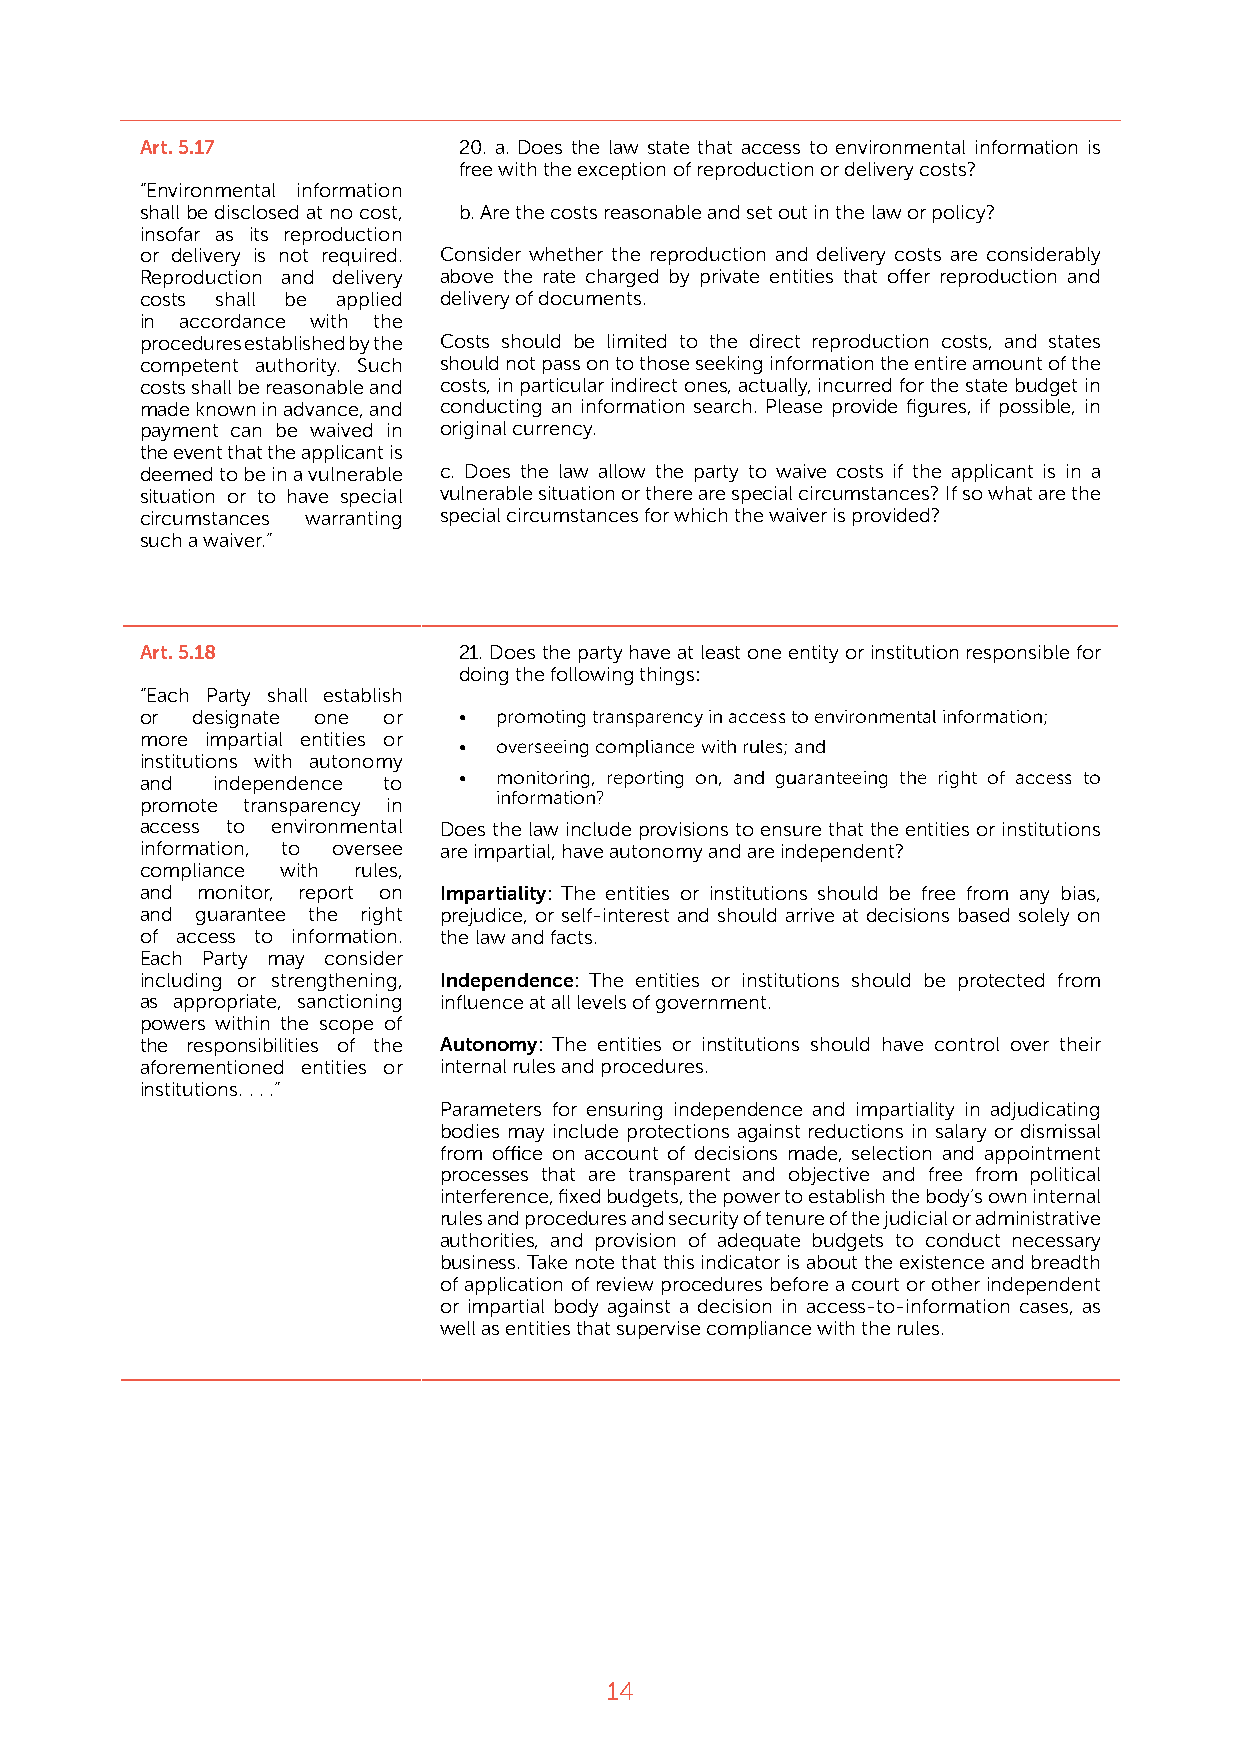
Art. 5.17            20. a. Does the law state that access to environmental information is
 free with the exception of reproduction or delivery costs?
 “Environmental information
 shall be disclosed at no cost, b. Are the costs reasonable and set out in the law or policy?
 insofar as its reproduction
 or delivery is not required. Consider whether the reproduction and delivery costs are considerably
 Reproduction and delivery above the rate charged by private entities that offer reproduction and
 costs shall be applied delivery of documents.
 in accordance with the
 procedures established by the Costs should be limited to the direct reproduction costs, and states
 competent authority. Such should not pass on to those seeking information the entire amount of the
 costs shall be reasonable and costs, in particular indirect ones, actually, incurred for the state budget in
 made known in advance, and conducting an information search. Please provide figures, if possible, in
 payment can be waived in original currency.
 the event that the applicant is
 deemed to be in a vulnerable c. Does the law allow the party to waive costs if the applicant is in a
 situation or to have special vulnerable situation or there are special circumstances? If so what are the
 circumstances warranting special circumstances for which the waiver is provided?
 such a waiver.”
 Art. 5.18            21. Does the party have at least one entity or institution responsible for
 doing the following things:
 “Each Party shall establish
 or  designate one or •  promoting transparency in access to environmental information;
 more impartial entities or
 •  overseeing compliance with rules; and
 institutions with autonomy
 and  independence to •  monitoring, reporting on, and guaranteeing the right of access to
 information?
 promote transparency in
 access to environmental Does the law include provisions to ensure that the entities or institutions
 information, to oversee are impartial, have autonomy and are independent?
 compliance with rules,
 and monitor, report on Impartiality: The entities or institutions should be free from any bias,
 and guarantee the right prejudice, or self-interest and should arrive at decisions based solely on
 of access to information. the law and facts.
 Each Party may consider
 including or strengthening, Independence: The entities or institutions should be protected from
 as appropriate, sanctioning influence at all levels of government.
 powers within the scope of
 the responsibilities of the Autonomy: The entities or institutions should have control over their
 aforementioned entities or internal rules and procedures.
 institutions. . . .”
 Parameters for ensuring independence and impartiality in adjudicating
 bodies may include protections against reductions in salary or dismissal
 from office on account of decisions made, selection and appointment
 processes that are transparent and objective and free from political
 interference, fixed budgets, the power to establish the body’s own internal
 rules and procedures and security of tenure of the judicial or administrative
 authorities, and provision of adequate budgets to conduct necessary
 business. Take note that this indicator is about the existence and breadth
 of application of review procedures before a court or other independent
 or impartial body against a decision in access-to-information cases, as
 well as entities that supervise compliance with the rules.
 14